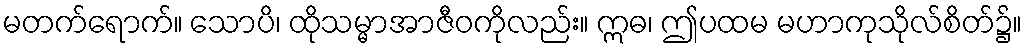
မတက်ရောက်။ သောပိ၊ ထိုသမ္မာအာဇီဝကိုလည်း။ ဣဓ၊ ဤပထမ မဟာကုသိုလ်စိတ်၌။